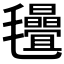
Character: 𣱁